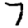
Digit: 7